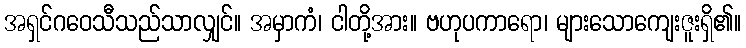
အရှင်ဂဝေသီသည်သာလျှင်။ အမှာကံ၊ ငါတို့အား။ ဗဟုပကာရော၊ များသောကျေးဇူးရှိ၏။